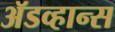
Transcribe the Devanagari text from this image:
ॲडव्हान्स